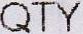
QTY